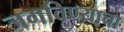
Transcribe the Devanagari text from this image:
जगविण्याचा